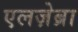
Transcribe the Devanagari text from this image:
एलज़ेब्रा